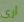
ارى